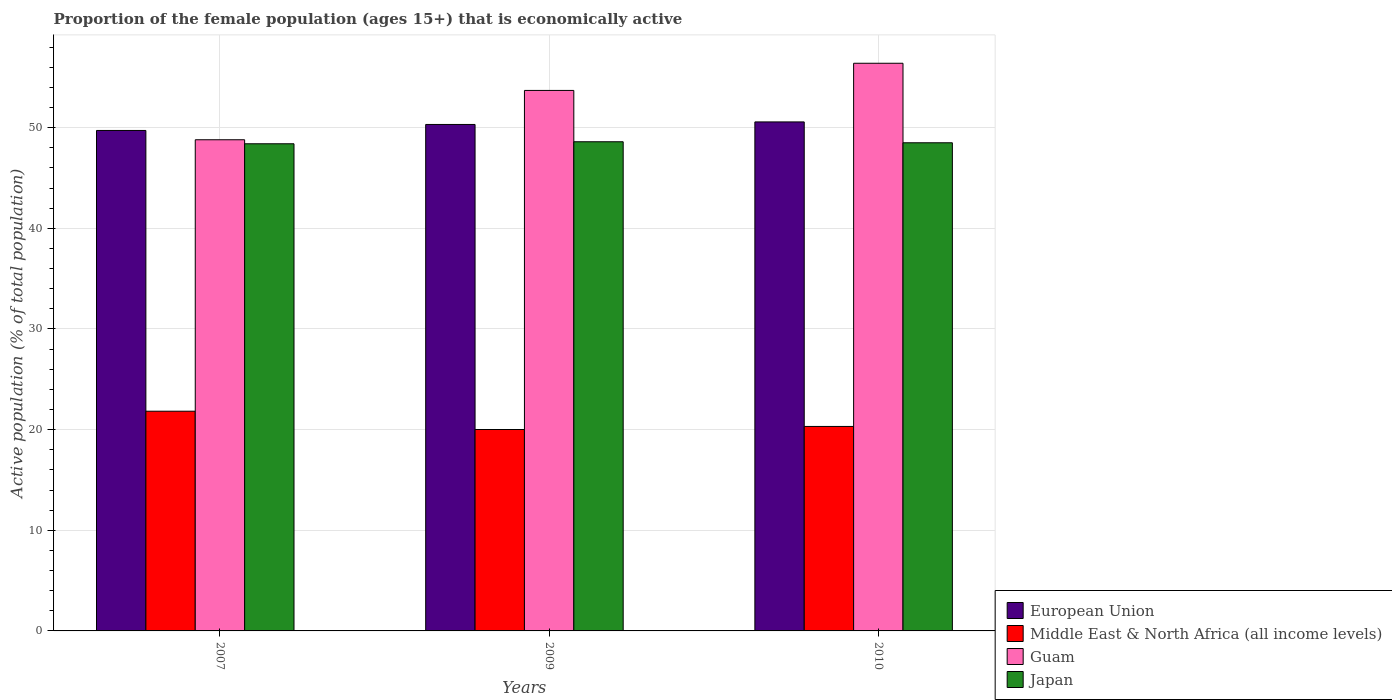
| Years | European Union | Middle East & North Africa (all income levels) | Guam | Japan |
 | --- | --- | --- | --- | --- |
 | 2007 | 49.7 | 21.8 | 48.8 | 48.4 |
 | 2009 | 50.3 | 20 | 53.7 | 48.6 |
 | 2010 | 50.6 | 20.3 | 56.4 | 48.5 |